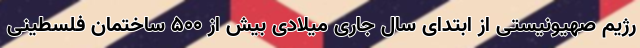
رژیم صهیونیستی از ابتدای سال جاری میلادی بیش از ۵۰۰ ساختمان فلسطینی